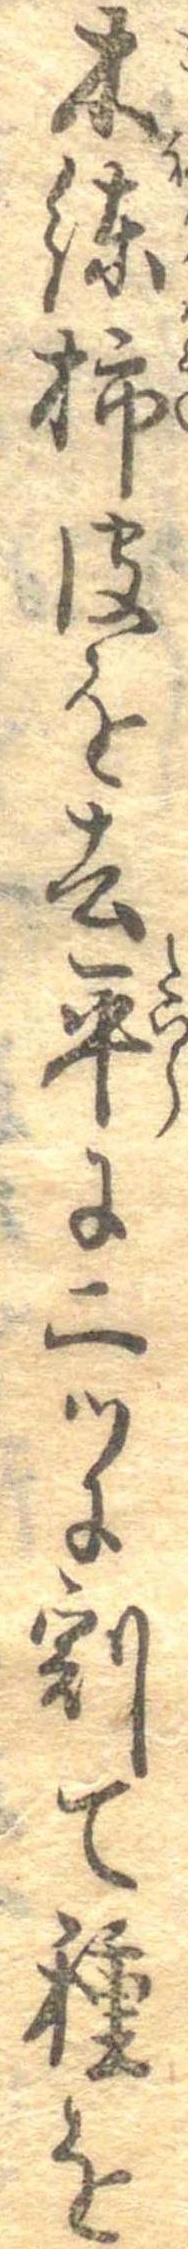
木練柿皮を去平に二つに割て種を